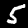
Digit: 5